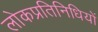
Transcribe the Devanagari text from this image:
लोकप्रतिनिधियों